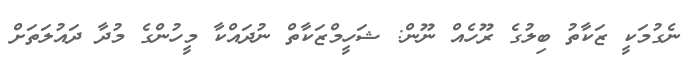
ނެގުމަކީ ޒަކާތު ބިލުގެ ރޫހެއް ނޫން: ޝަހީމްޒަކާތް ނުދައްކާ މީހުންގެ މުދާ ދައުލަތަށް